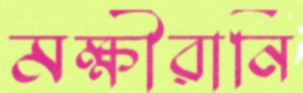
মক্ষীরানি